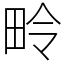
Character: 𪽏